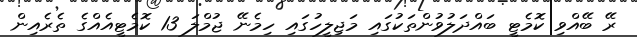
ރޭ ބޭއްވި ކޮމެޓީ ބައްދަލުވުންތަކުގައި މަޖިލީހުގައި ހިމެނޭ ޖުމްލަ 13 ކޮމެޓީއެއްގެ ތެރެއިން